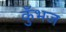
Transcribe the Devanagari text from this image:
कुँभज